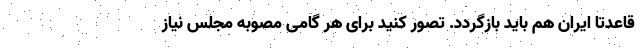
قاعدتاً ایران هم باید بازگردد. تصور کنید برای هر گامی مصوبه مجلس نیاز